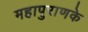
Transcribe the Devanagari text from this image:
महापुराणके